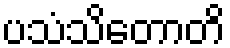
ပသံသိတောတိ